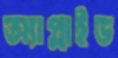
অ্যাপ্লাইড